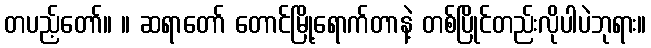
တပည့်တော်။ ။ ဆရာတော် တောင်မြို့ရောက်တာနဲ့ တစ်ပြိုင်တည်းလိုပါပဲဘုရား။